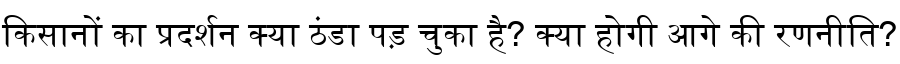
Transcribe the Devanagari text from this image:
किसानों का प्रदर्शन क्या ठंडा पड़ चुका है? क्या होगी आगे की रणनीति?